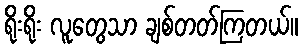
ရိုးရိုး လူတွေသာ ချစ်တတ်ကြတယ်။